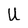
Character: U